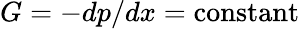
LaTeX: G=-dp/dx=\mathrm{constant}